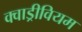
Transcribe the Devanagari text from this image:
क्वाड्रीवियम